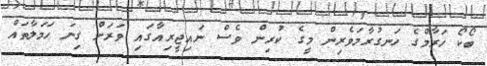
ބޯކޯ ހަރާމްގެ ހަނގުރާމަވެރިން މީގެ ކުރިން ވެސް ނައިޖީރިއާގައި ވަރަށް ގިނަ ހަމަލާތައް